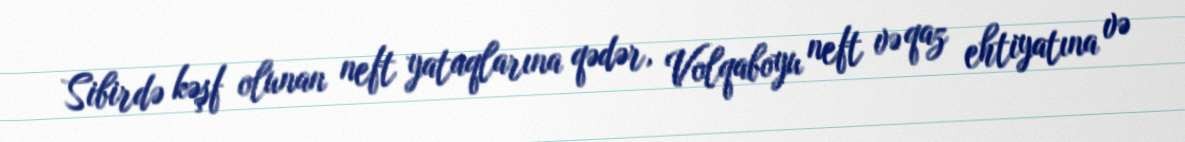
Sibirdə kəşf olunan neft yataqlarına qədər, Volqaboyu neft və qaz ehtiyatına və